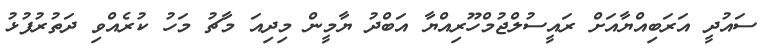
ސައުދީ އަރަބިއްޔާއަށް ރައީސުލްޖުމްހޫރިއްޔާ އަބްދު ޔާމީން މިދިއަ މާޗު މަހު ކުރެއްވި ދަތުރުފުޅު